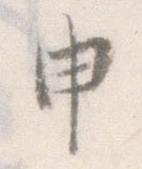
申